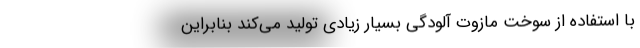
با استفاده از سوخت مازوت آلودگی بسیار زیادی تولید می‌کند بنابراین